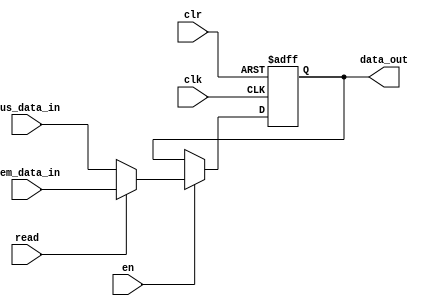
// Memory Data Register with encoder logic for outout
module mdr (
	output reg [31:0] data_out,
	input wire [31:0] mem_data_in, bus_data_in,
	input wire en, clk, clr, read
);

// Set initial value
initial begin
	data_out <= 0;
end

always@(posedge clk, posedge clr) begin
		if(clr == 1) begin
			data_out <= 0;
		end
		
		else if (en == 1) begin
			if(read == 1)
				data_out <= mem_data_in;
			else
				data_out <= bus_data_in;
		end
end
endmodule